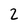
Character: 2